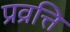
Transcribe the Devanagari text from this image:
प्रव्रत्ति